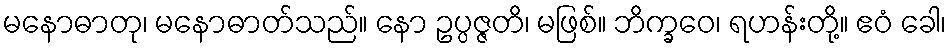
မနောဓာတု၊ မနောဓာတ်သည်။ နော ဥပ္ပဇ္ဇတိ၊ မဖြစ်။ ဘိက္ခဝေ၊ ရဟန်းတို့။ ဧဝံ ခေါ၊